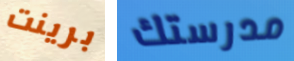
برينت مدرستك